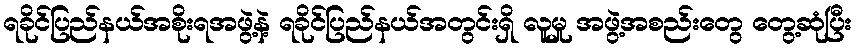
ရခိုင်ပြည်နယ်အစိုးရအဖွဲ့နဲ့ ရခိုင်ပြည်နယ်အတွင်းရှိ လူမှု အဖွဲ့အစည်းတွေ တွေ့ဆုံပြီး